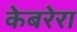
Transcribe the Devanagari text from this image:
केबरेरा